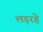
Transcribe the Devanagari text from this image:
लड़रहे